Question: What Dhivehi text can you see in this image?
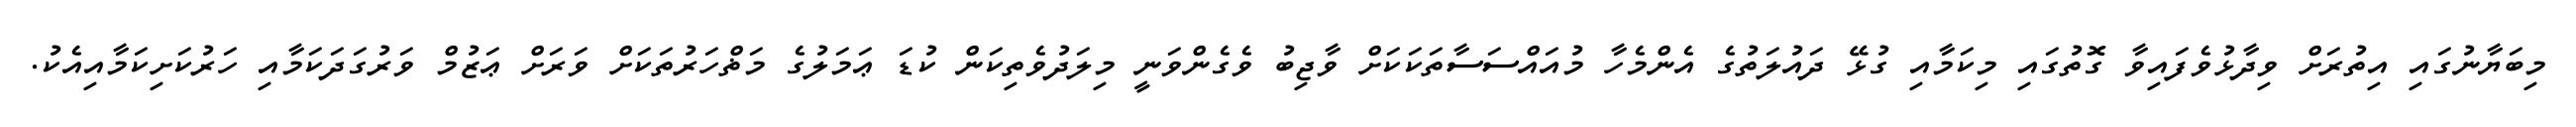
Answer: މިބަޔާނުގައި އިތުރަށް ވިދާޅުވެފައިވާ ގޮތުގައި މިކަމާއި ގުޅޭ ދައުލަތުގެ އެންމެހާ މުއައްސަސާތަކަކަށް ވާޖިބު ވެގެންވަނީ މިލަދުވެތިކަން ކުޑަ ޢަމަލުގެ މަޡްހަރުތަކަށް ވަރަށް ޢަޒުމް ވަރުގަދަކަމާއި ހަރުކަށިކަމާއިއެކު.